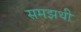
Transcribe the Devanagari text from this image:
समझथी